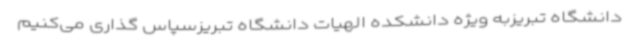
دانشگاه تبریزبه ویژه دانشکده الهیات دانشگاه تبریزسپاس گذاری می‌کنیم